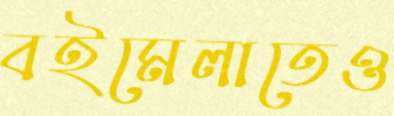
বইমেলাতেও